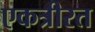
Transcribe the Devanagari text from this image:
एकत्रीरत